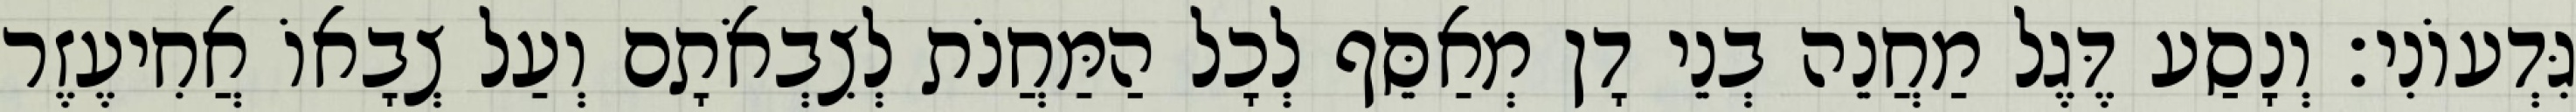
גִּדְעוֹנִי׃ וְנָסַע דֶּגֶל מַחֲנֵה בְנֵי דָן מְאַסֵּף לְכָל הַמַּחֲנֹת לְצִבְאֹתָם וְעַל צְבָאוֹ אֲחִיעֶזֶר